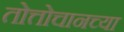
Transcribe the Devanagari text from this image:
तोत्तोचानच्या